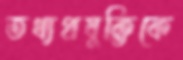
তথ্যপ্রযুক্তিকে